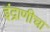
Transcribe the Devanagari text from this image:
इंद्राणीचा